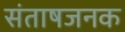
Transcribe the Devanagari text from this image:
संताषजनक